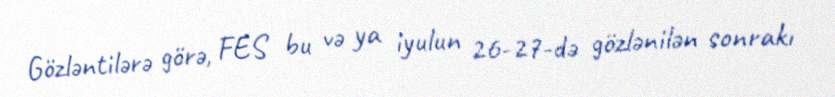
Gözləntilərə görə, FES bu və ya iyulun 26-27-də gözlənilən sonrakı